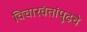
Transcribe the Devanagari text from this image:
विचारवंतांपुढचे